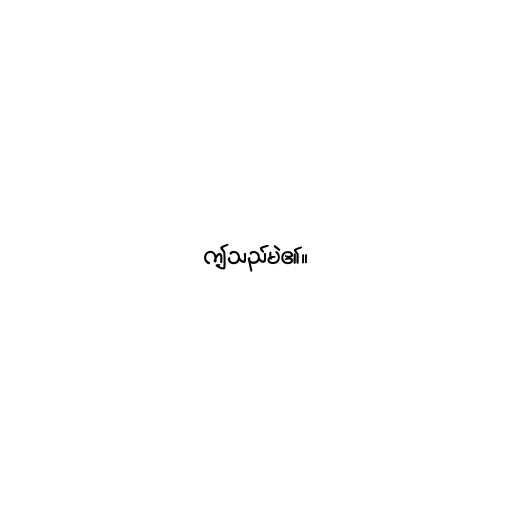
ဤသည်မဲ၏။